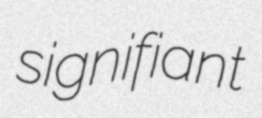
signifiant